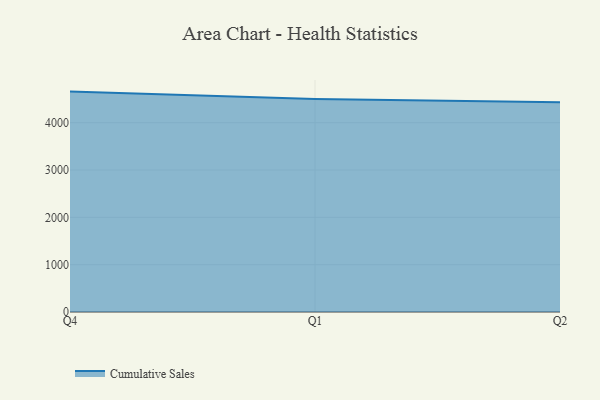
{"axis": {"x": "Quarter", "y": "Active Users"}, "legend": ["Cumulative Sales"], "data": [{"x": "Q4", "y": 4656.5, "type": "Cumulative Sales"}, {"x": "Q1", "y": 4500.0, "type": "Cumulative Sales"}, {"x": "Q2", "y": 4429.5, "type": "Cumulative Sales"}]}